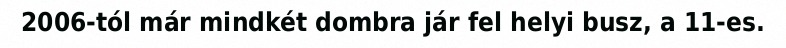
2006-tól már mindkét dombra jár fel helyi busz, a 11-es.